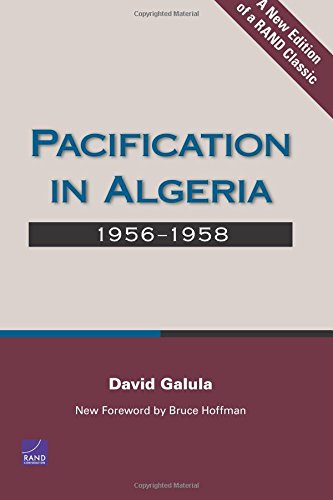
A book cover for Pacification in Algeria, 1956-1958; David Galula; History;